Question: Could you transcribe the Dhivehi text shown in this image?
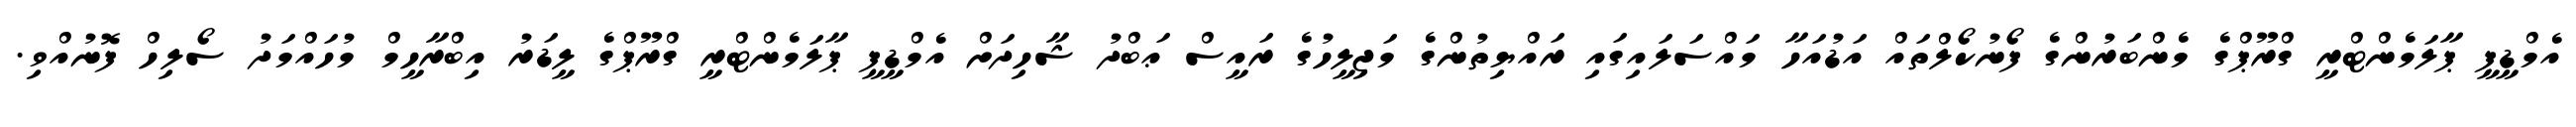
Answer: އެމްޑީޕީ ޕާލަމެންޓްރީ ގްރޫޕްގެ މެންބަރުންގެ ފޯނުކޯލްތައް އަޑުއަހާ މައްސަލައިގައި ރައްޔިތުންގެ މަޖިލީހުގެ ރައީސް ޢަބްދު ޝާހިދަށް އެމްޑީޕީ ޕާލަމެންޓްރީ ގްރޫޕްގެ ލީޑަރު އިބްރާހީމް މުހައްމަދު ސޯލިހް ފޮނުއްވި.